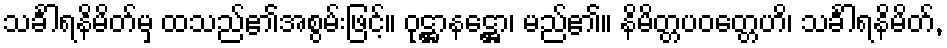
သင်္ခါရနိမိတ်မှ ထသည်၏အစွမ်းဖြင့်။ ဝုဋ္ဌာနဋ္ဌော၊ မည်၏။ နိမိတ္တပဝတ္တေဟိ၊ သင်္ခါရနိမိတ်,